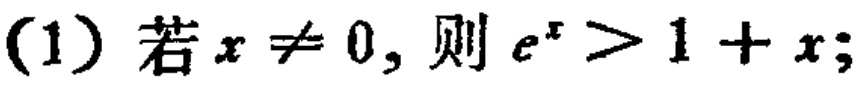
(1) 若\(x \neq 0\)，则\(e^{x} > 1 + x\);